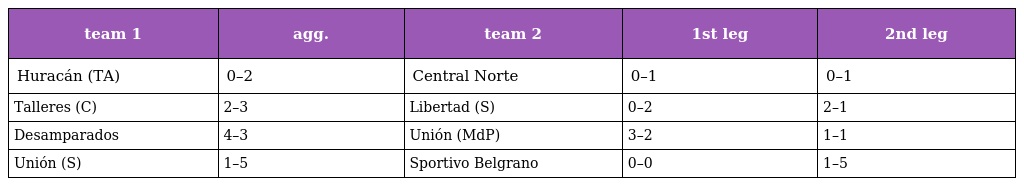
| team 1 | agg. | team 2 | 1st leg | 2nd leg |
 | --- | --- | --- | --- | --- |
 | Huracán (TA) | 0–2 | Central Norte | 0–1 | 0–1 |
 | Talleres (C) | 2–3 | Libertad (S) | 0–2 | 2–1 |
 | Desamparados | 4–3 | Unión (MdP) | 3–2 | 1–1 |
 | Unión (S) | 1–5 | Sportivo Belgrano | 0–0 | 1–5 |